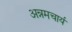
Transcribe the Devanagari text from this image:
अन्नमचार्य